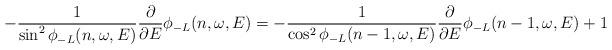
LaTeX: \begin{align*}-\frac{1}{\sin^2\phi_{-L}(n,\omega,E)}\frac{\partial}{\partial E}\phi_{-L}(n,\omega,E)=-\frac{1}{\cos^2\phi_{-L}(n-1,\omega,E)}\frac{\partial}{\partial E}\phi_{-L}(n-1,\omega,E)+1\end{align*}